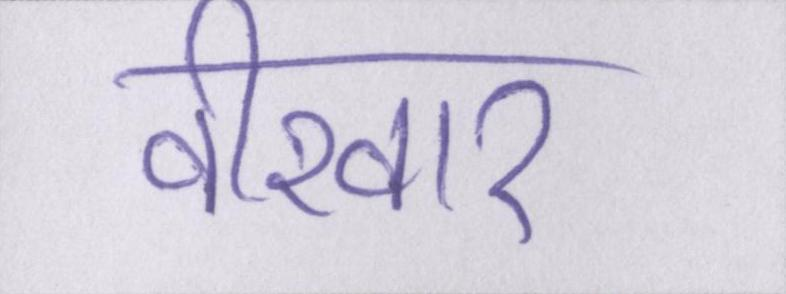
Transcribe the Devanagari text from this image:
वीरवार